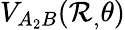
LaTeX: V_{A_{2}B}(\mathcal{R}_{,}\theta)